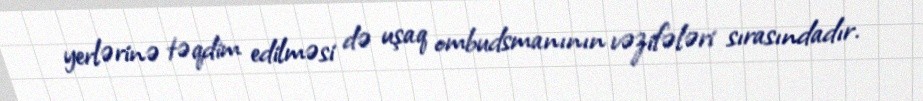
yerlərinə təqdim edilməsi də uşaq ombudsmanının vəzifələri sırasındadır.